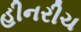
હીનરીચ